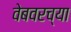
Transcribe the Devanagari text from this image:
वेबवरच्या